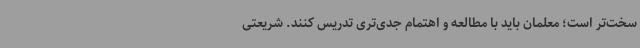
سخت‌تر است؛ معلمان باید با مطالعه و اهتمام جدی‌تری تدریس کنند. شریعتی